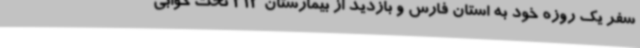
سفر یک روزه خود به استان فارس و بازدید از بیمارستان 313 تخت خوابی